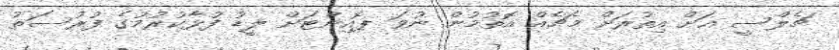
ޗެލްސީ އަށް އިތުރަށް މެޗެއް އޮތުމުން ނުވަ ޕޮއިންޓަށް ލީޑު ފުޅާކުރުމުގެ ފުރުސަތު